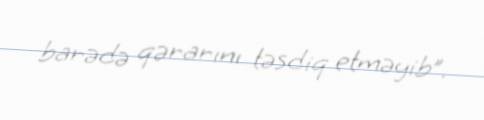
barədə qərarını təsdiq etməyib”.